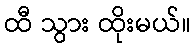
ထီ သွား ထိုးမယ်။